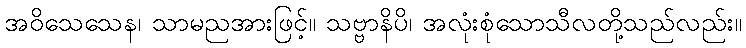
အဝိသေသေန၊ သာမညအားဖြင့်။ သဗ္ဗာနိပိ၊ အလုံးစုံသောသီလတို့သည်လည်း။